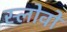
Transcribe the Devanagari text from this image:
स्लोवो